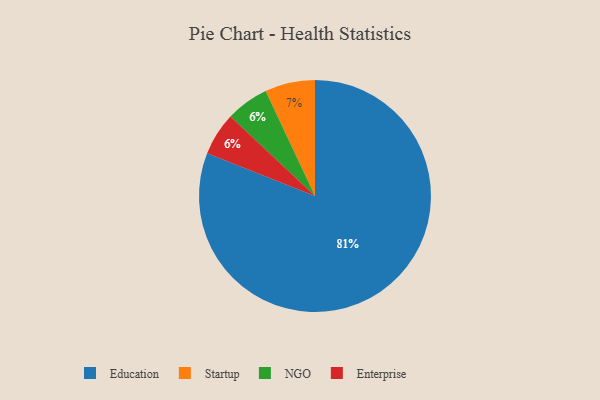
{"axis": {"x": "Category", "y": "Percentage"}, "legend": ["Education", "Enterprise", "NGO", "Startup"], "data": [{"x": "NGO", "y": 6, "type": "NGO"}, {"x": "Enterprise", "y": 6, "type": "Enterprise"}, {"x": "Startup", "y": 7, "type": "Startup"}, {"x": "Education", "y": 81, "type": "Education"}]}